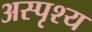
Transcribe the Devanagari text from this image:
अस्‍पृश्य